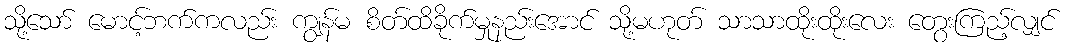
သို့သော် မောင့်ဘက်ကလည်း ကျွန်မ စိတ်ထိခိုက်မှုနည်းအောင် သို့မဟုတ် သာသာထိုးထိုးလေး တွေးကြည့်လျှင်